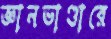
জ্ঞানভাণ্ডারে